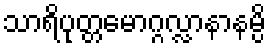
သာရိပုတ္တမောဂ္ဂလ္လာနာနမ္ပိ